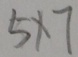
5 \times 7